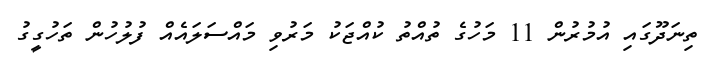
ތިނަދޫގައި އުމުރުން 11 މަހުގެ ތުއްތު ކުއްޖަކު މަރުވި މައްސަލައެއް ފުލުހުން ތަހުގީގު